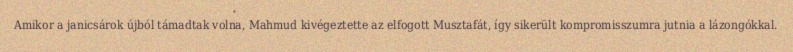
Amikor a janicsárok újból támadtak volna, Mahmud kivégeztette az elfogott Musztafát, így sikerült kompromisszumra jutnia a lázongókkal.